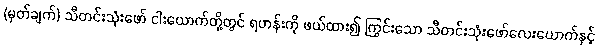
(မှတ်ချက်) သီတင်းသုံးဖော် ငါးယောက်တို့တွင် ရဟန်းကို ဖယ်ထား၍ ကြွင်းသော သီတင်းသုံးဖော်လေးယောက်နှင့်